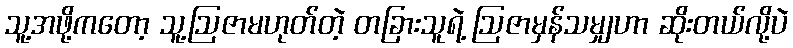
သူ့အဖို့ကတော့ သူ့ဩဇာမဟုတ်တဲ့ တခြားသူရဲ့ ဩဇာမှန်သမျှဟာ ဆိုးတယ်လို့ပဲ